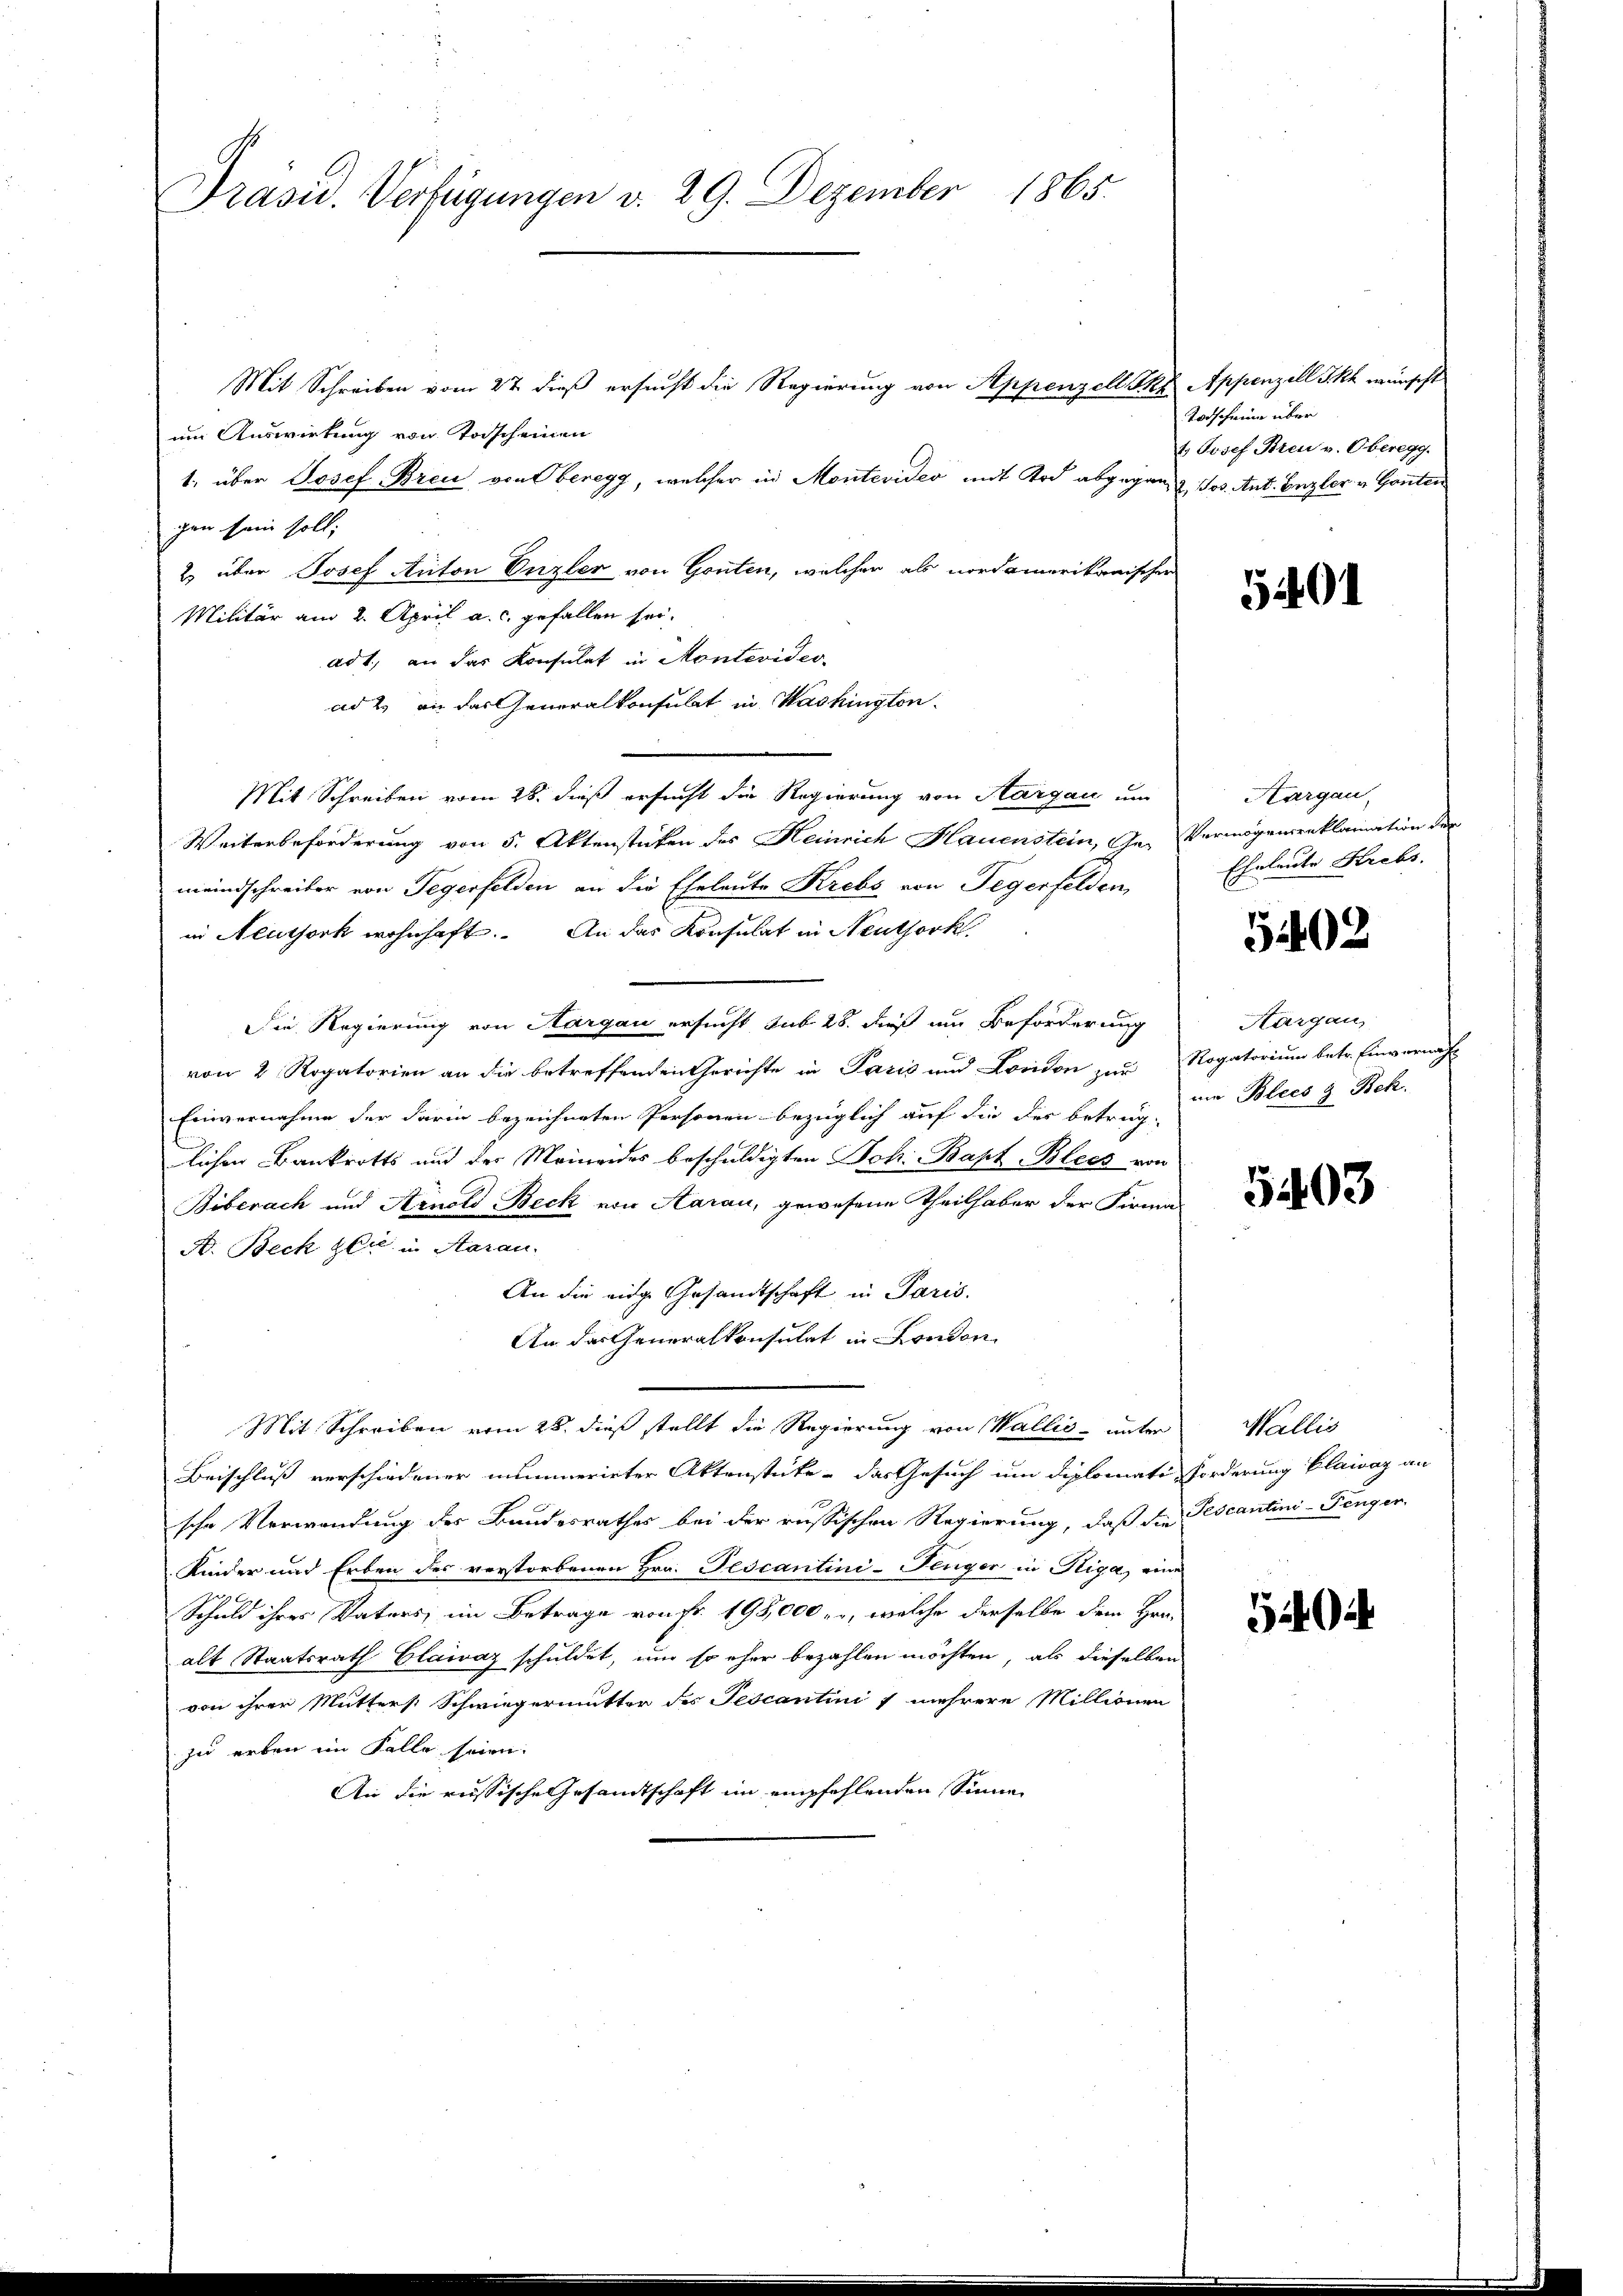
Präsid. Verfügungen d. 29. Dezember 1865.

Mit Schreiben vom 27. dieß ersucht die Regierung von Appenzell Ah Appenzell Skh wünscht
um Auswirkung von Torscheinen
1. über Josef Brei von beregg, welcher in Montevideo mit Tod abgegen Jos. Ant. Enzler v. Gonten
gen sein soll;
2) über Josef Anton Enzler von Gonten, welcher als nordamerikanischer
Militär am 2. April a. c. gefallen sei.
ad 1., an das Konsulat in Montevider-
ad 2. an das Generalkonsulat in Washington.
Mit Schreiben vom 28. dieß ersucht die Regierung von Aargau um
Weiterbeförderung von 5. Aktenstücken des Heinrich Hauenstein, Je- Vermögenseeklamation der
meindschreiber von Tegerfelden an die Eheleute Krebs von Tegerfelden
in Neutjork wohnhaft. An das Konsulat in Neuthork
Die Regierung von Aargau ersucht sub 28. dieß um Beförderung
von 2 Rogatorien an die betreffenden Gerichte in Paris und London zur Rogatorium betr. Einvernächs
Einvernahme der darin bezeichneten Personen bezüglich auf die des betrug-
lichen Bankrotts und der Meineides beschuldigten Joh: Bapt Blecs von
Biberach und Arnold Beck von Aarau, gewesene Theilhaber der Firma
A. Beck zeit in Aarau
An die eige Gesandtschaft in Paris.
An das Generalkonsulat in London
Mit Schreiben vom 28. dieß stellt die Regierung von Wallis unter Wallis
Beischluß verschiedener mummerirter Aktenstüke - das Gesuch um diplomati-Forderung Blaivaz an
sche Verwendung der Bandesrathes bei der russischen Regierung, daß die
Kinder und Erben des verstorbenen Hrn. Pescantini-Fenger in Riga, eine
Schuld ihres Vaters, im Betrage von Fr. 195,000 u., welche derselbe dem Hrn.
alt Staatsrath Clairaz schuldet, um so eher bezahlen möchten, als dieselben
von ihrer Mutters Schwiegermutter des Tescantini & mehrere Millionen
zu erben im Falle seien.
An die russische Gesandtschaft im empfehlenden Sinne

Todscheine über
t Josef Bren v. Oberegg.

5401

Aargau,
Eheleute Krebs.

5402

Aargau,
nm Blees & Bek.

5403

Tescantini-Penger.

540